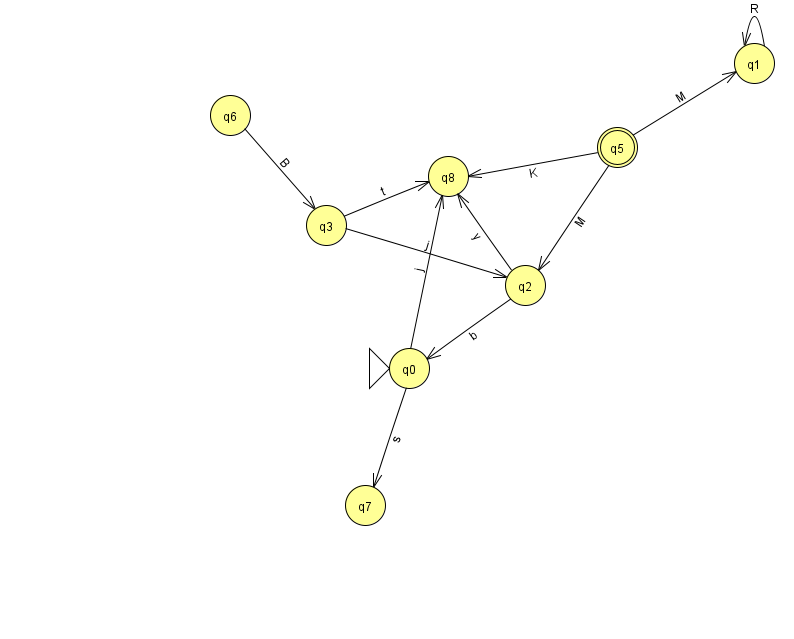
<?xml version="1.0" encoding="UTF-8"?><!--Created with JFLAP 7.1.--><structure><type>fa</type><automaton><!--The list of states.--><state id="0" name="q0"><x>409.0</x><y>355.0</y><initial/></state><state id="1" name="q1"><x>754.0</x><y>50.0</y></state><state id="2" name="q2"><x>525.0</x><y>272.0</y></state><state id="3" name="q3"><x>326.0</x><y>212.0</y></state><state id="5" name="q5"><x>617.0</x><y>134.0</y><final/></state><state id="6" name="q6"><x>230.0</x><y>102.0</y></state><state id="7" name="q7"><x>365.0</x><y>492.0</y></state><state id="8" name="q8"><x>448.0</x><y>163.0</y></state><!--The list of transitions.--><transition><from>1</from><to>1</to><read>R</read></transition><transition><from>2</from><to>8</to><read>y</read></transition><transition><from>3</from><to>8</to><read>t</read></transition><transition><from>5</from><to>1</to><read>M</read></transition><transition><from>5</from><to>8</to><read>K</read></transition><transition><from>6</from><to>3</to><read>B</read></transition><transition><from>0</from><to>7</to><read>s</read></transition><transition><from>3</from><to>2</to><read>j</read></transition><transition><from>0</from><to>8</to><read>j</read></transition><transition><from>5</from><to>2</to><read>M</read></transition><transition><from>2</from><to>0</to><read>b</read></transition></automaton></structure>